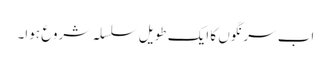
اب سرنگوں کا ایک طویل سلسلہ شروع ہوا۔